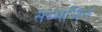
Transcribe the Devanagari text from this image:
सम्मजित